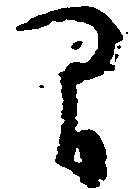
間